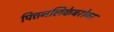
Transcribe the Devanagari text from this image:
पित्तनलिकेबरोबर